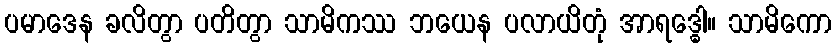
ပမာဒေန ခလိတွာ ပတိတွာ သာမိကဿ ဘယေန ပလာယိတုံ အာရဒ္ဓေါ။ သာမိကော